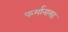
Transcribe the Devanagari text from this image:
फर्मानासह